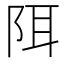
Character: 𫔾